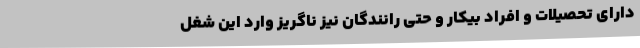
دارای تحصیلات و افراد بیکار و حتی رانندگان نیز ناگریز وارد این شغل